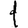
Digit: 1